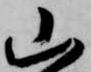
山